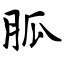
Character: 胍